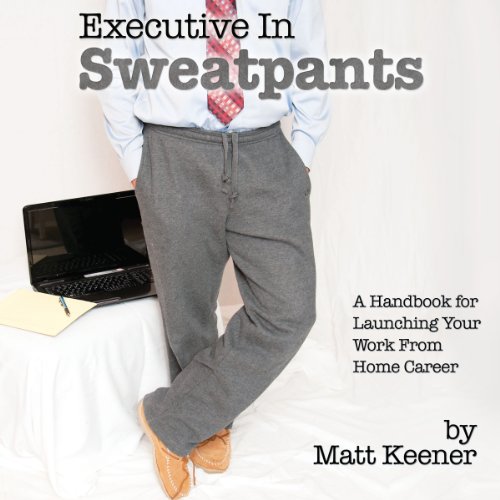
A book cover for Executive in Sweatpants: A Handbook for Launching Your Work from Home Career; Matt Keener; Business & Money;